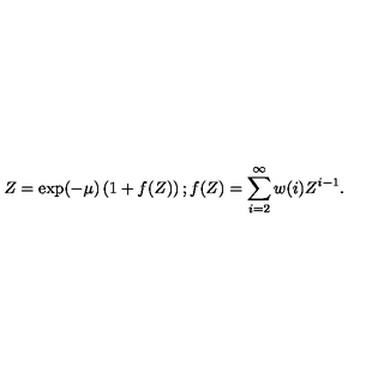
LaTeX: Z = \exp ( - \mu ) \left( 1 + f ( Z ) \right) ; f ( Z ) = \sum _ { i = 2 } ^ { \infty } w ( i ) Z ^ { i - 1 } .